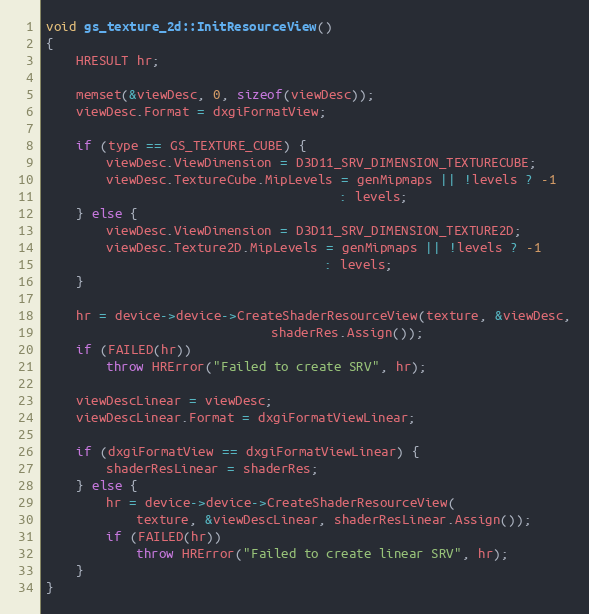
Language: C++
void gs_texture_2d::InitResourceView()
{
	HRESULT hr;

	memset(&viewDesc, 0, sizeof(viewDesc));
	viewDesc.Format = dxgiFormatView;

	if (type == GS_TEXTURE_CUBE) {
		viewDesc.ViewDimension = D3D11_SRV_DIMENSION_TEXTURECUBE;
		viewDesc.TextureCube.MipLevels = genMipmaps || !levels ? -1
								       : levels;
	} else {
		viewDesc.ViewDimension = D3D11_SRV_DIMENSION_TEXTURE2D;
		viewDesc.Texture2D.MipLevels = genMipmaps || !levels ? -1
								     : levels;
	}

	hr = device->device->CreateShaderResourceView(texture, &viewDesc,
						      shaderRes.Assign());
	if (FAILED(hr))
		throw HRError("Failed to create SRV", hr);

	viewDescLinear = viewDesc;
	viewDescLinear.Format = dxgiFormatViewLinear;

	if (dxgiFormatView == dxgiFormatViewLinear) {
		shaderResLinear = shaderRes;
	} else {
		hr = device->device->CreateShaderResourceView(
			texture, &viewDescLinear, shaderResLinear.Assign());
		if (FAILED(hr))
			throw HRError("Failed to create linear SRV", hr);
	}
}